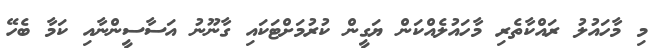
މި މާހައުލު ރައްކާތެރި މާހައުލެއްކަން ޔަގީން ކުރުމަށްޓަކައި ގާނޫނު އަސާސީންނާއި ކަމާ ބެހޭ